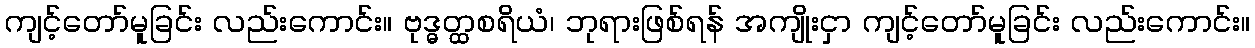
ကျင့်တော်မူခြင်း လည်းကောင်း။ ဗုဒ္ဓတ္ထစရိယံ၊ ဘုရားဖြစ်ရန် အကျိုးငှာ ကျင့်တော်မူခြင်း လည်းကောင်း။